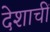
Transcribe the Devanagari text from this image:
देशाचीं